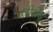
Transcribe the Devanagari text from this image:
तीर्थेषु